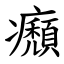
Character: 㿗